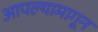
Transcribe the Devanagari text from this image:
आपल्यामागून